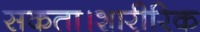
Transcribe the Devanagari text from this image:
सकता।शारीरिक